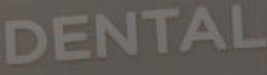
DENTAL